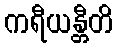
ကရီယန္တီတိ